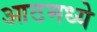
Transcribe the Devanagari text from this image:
आठमध्ये